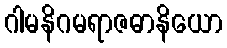
ဂါမနိဂမရာဇဓာနိယော